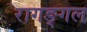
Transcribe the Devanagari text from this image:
रागङ्गल